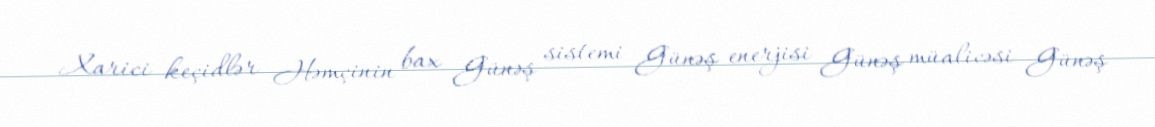
Xarici keçidlər Həmçinin bax Günəş sistemi Günəş enerjisi Günəş müalicəsi Günəş